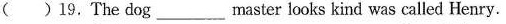
( )19. The dog___master looks kind was called Henry.